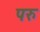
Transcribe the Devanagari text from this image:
परु